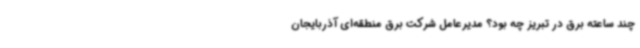
چند ساعته برق در تبریز چه بود؟ مدیرعامل شرکت برق منطقه‌ای آذربایجان